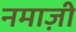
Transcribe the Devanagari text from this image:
नमाज़ी